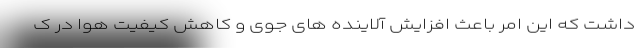
داشت که این امر باعث افزایش آلاینده های جوی و کاهش کیفیت هوا در ک